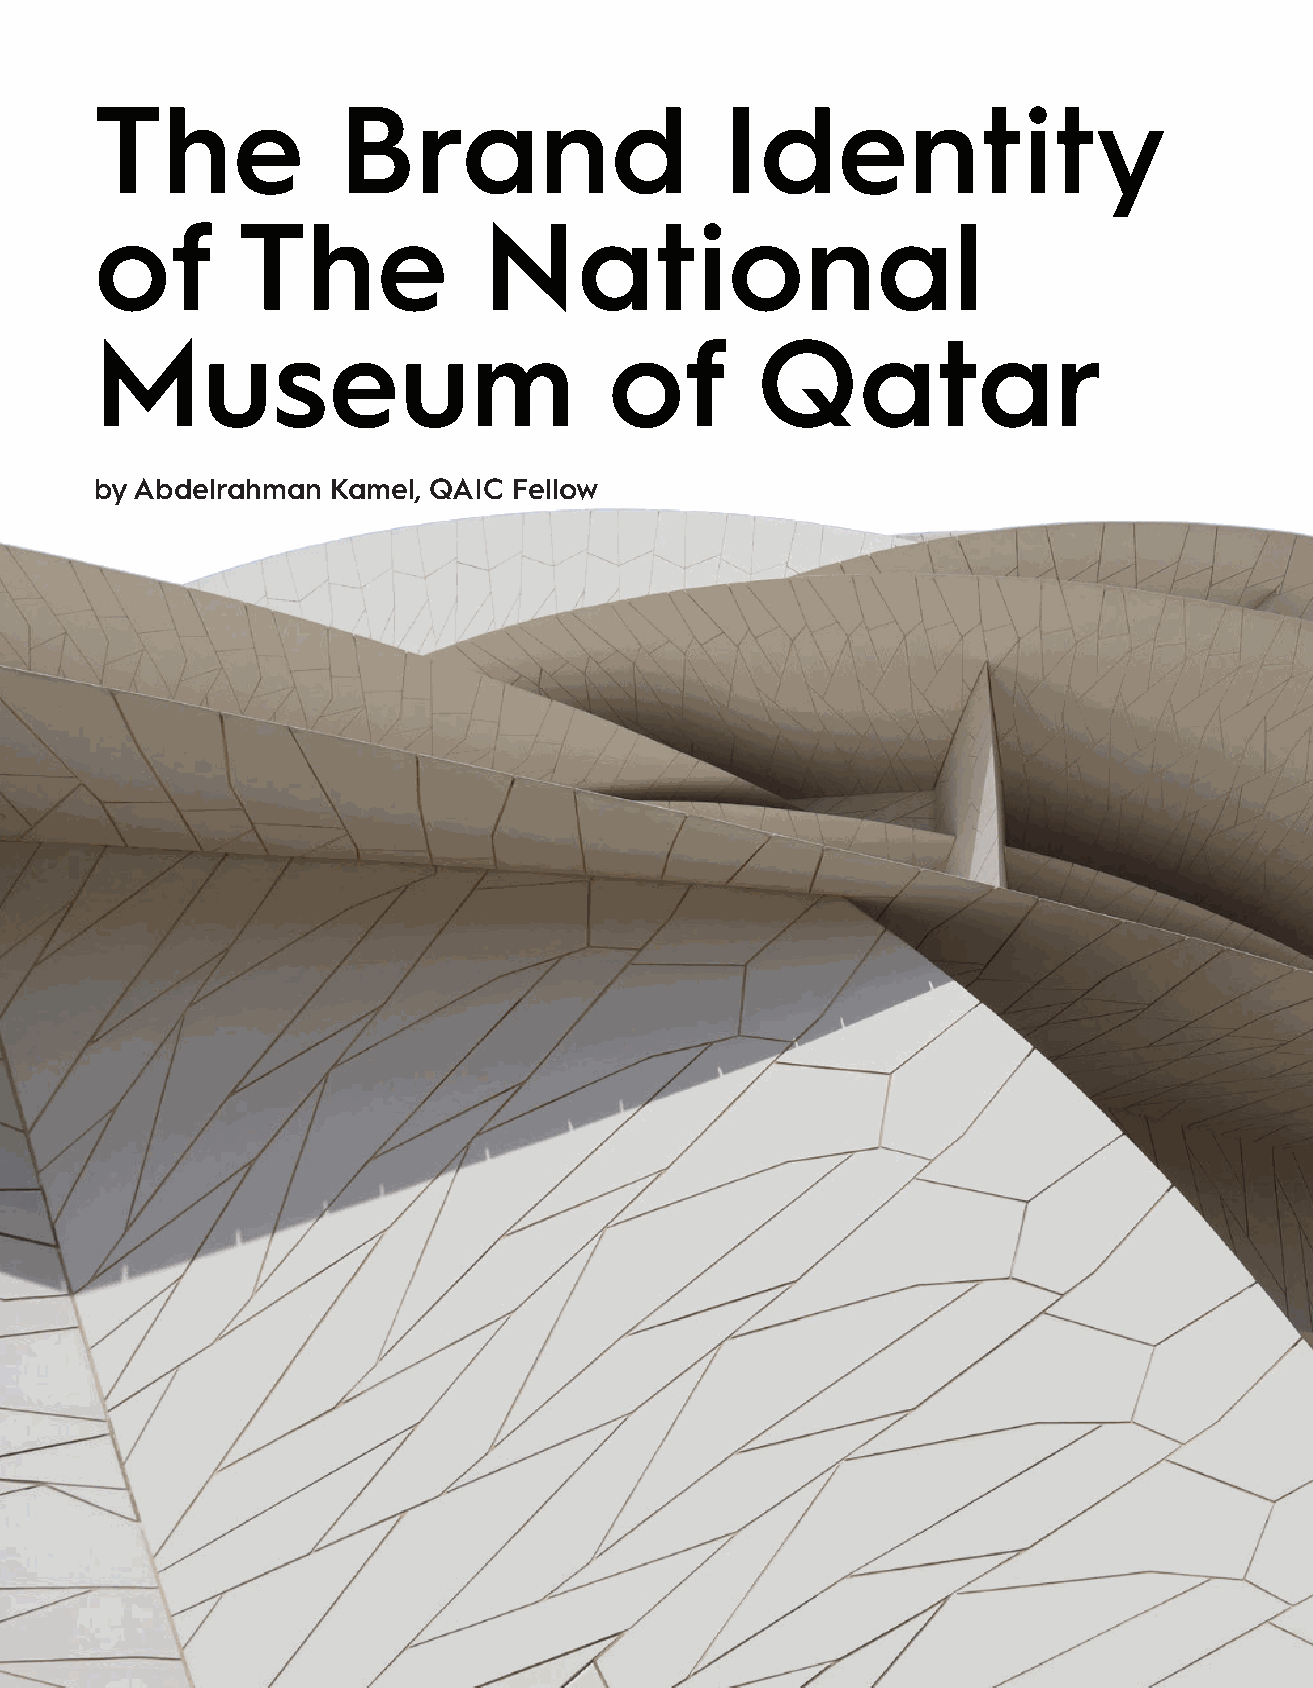
The             Brand                     Identity
 of        The             National
 Museum                            of        Qatar
 by Abdelrahman  Kamel, QAIC Fellow